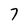
Character: 7